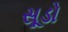
સૂડો